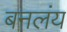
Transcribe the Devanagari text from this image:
बनलंय